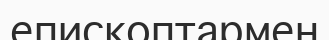
епископтармен